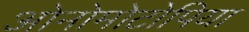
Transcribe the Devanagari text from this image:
ओनोमोटोपिया